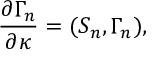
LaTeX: { \frac { \partial \Gamma _ { n } } { \partial \kappa } } = ( S _ { n } , \Gamma _ { n } ) ,